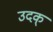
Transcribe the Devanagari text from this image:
उदक्